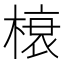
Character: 榱